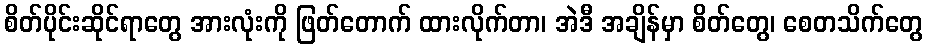
စိတ်ပိုင်းဆိုင်ရာတွေ အားလုံးကို ဖြတ်တောက် ထားလိုက်တာ၊ အဲဒီ အချိန်မှာ စိတ်တွေ၊ စေတသိက်တွေ